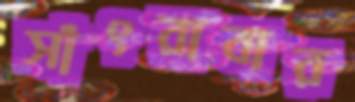
সাঁৎরাবার